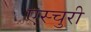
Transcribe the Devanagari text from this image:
एस्चुरी